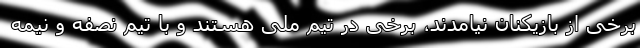
برخی از بازیکنان نیامدند، برخی در تیم ملی هستند و با تیم نصفه و نیمه